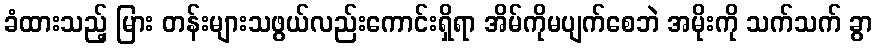
ခံထားသည့် မြား တန်းများသဖွယ်လည်းကောင်းရှိရာ အိမ်ကိုမပျက်စေဘဲ အမိုးကို သက်သက် ခွာ